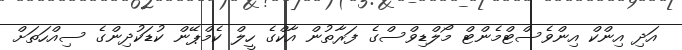
އަދި އިންކް އިންވެސްޓްމެންޓް މޯލްޑިވްސްގެ ފަރާތުން އާކްގެ ހީލް ކެމްޕޭން ކުޑަކުދިންގެ ސިއްހަތަށް